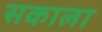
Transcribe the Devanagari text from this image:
सकाला